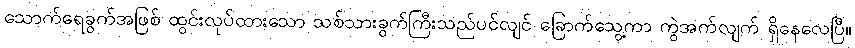
သောက်ရေခွက်အဖြစ် ထွင်းလုပ်ထားသော သစ်သားခွက်ကြီးသည်ပင်လျင် ခြောက်သွေ့ကာ ကွဲအက်လျက် ရှိနေလေပြီ။